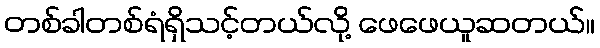
တစ်ခါတစ်ရံရှိသင့်တယ်လို့ ဖေဖေယူဆတယ်။